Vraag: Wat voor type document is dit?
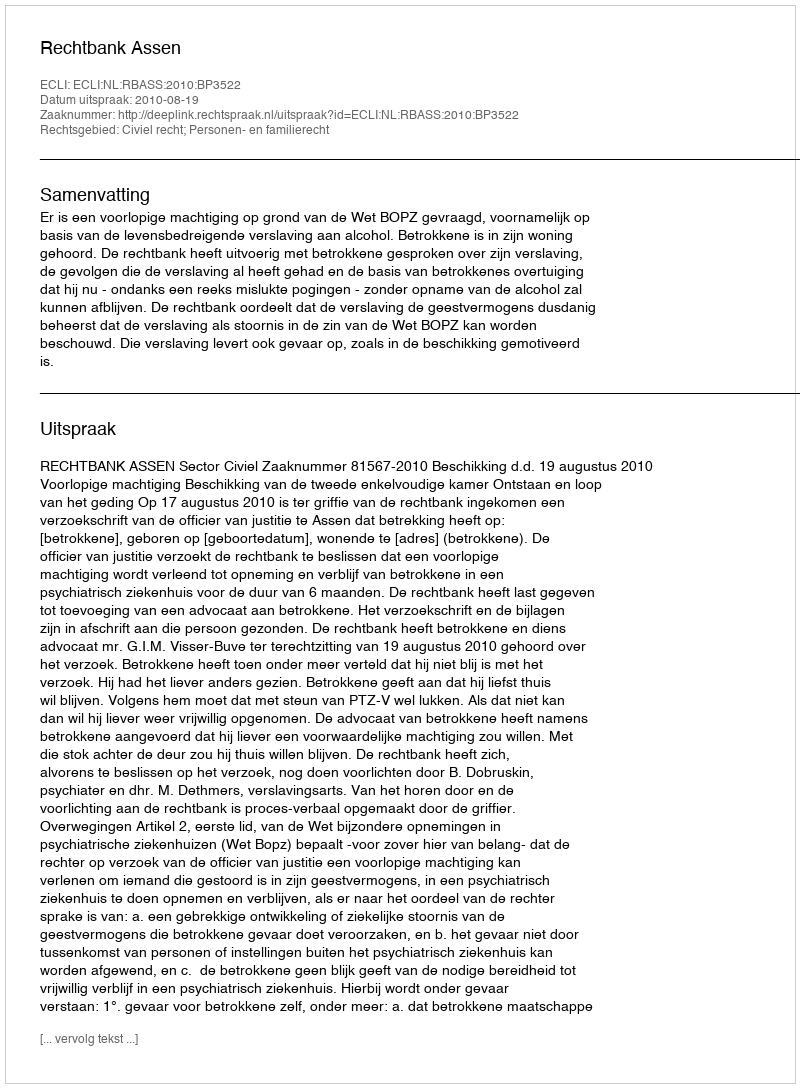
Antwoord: Uitspraak